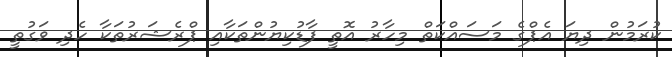
ކުރަމުން ދިޔަ އެޕްގެ މަސައްކަތް މިހާރު އޮތީ ފާޑުކިޔުންތަކާއި ޕްރެޝަރުތަކާ ހެދި ވަގުތީ